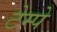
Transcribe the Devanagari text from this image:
टेम्पे